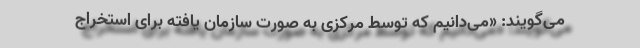
می‌گویند: «می‌دانیم که توسط مرکزی به صورت سازمان یافته برای استخراج